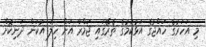
މި އަހަރުގެ ހައްޖުގެ އަޅުކަމުގެ ތެރޭގައި ޖަމްރާ އަށް ހިލަ އުކަން ދަނިކޮށް